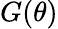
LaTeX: G(\theta)